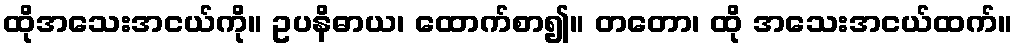
ထိုအသေးအငယ်ကို။ ဥပနိဓာယ၊ ထောက်စာ၍။ တတော၊ ထို အသေးအငယ်ထက်။